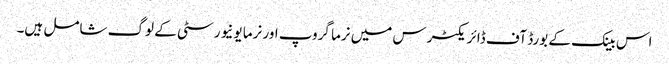
اس بینک کے بورڈ آف ڈائریکٹرس میں نرما گروپ اور نرما یونیورسٹی کے لوگ شامل ہیں۔